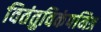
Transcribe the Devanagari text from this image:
वितंतुविकंपनित्र